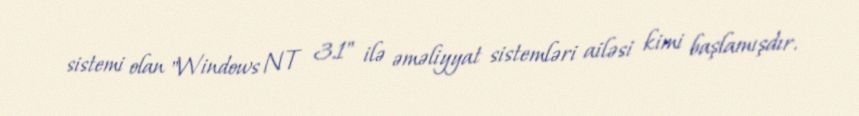
sistemi olan "Windows NT 3.1" ilə əməliyyat sistemləri ailəsi kimi başlamışdır.